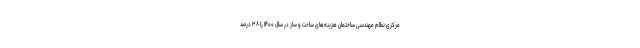
مرکزی نظام مهندسی ساختمان هزینه‌های ساخت و ساز در سال ۱۴۰۰ را ۳۸ درصد